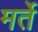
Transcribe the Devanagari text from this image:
मर्ते